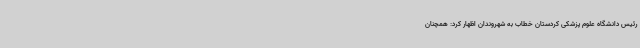
رئیس دانشگاه علوم پزشکی کردستان خطاب به شهروندان اظهار کرد: همچنان